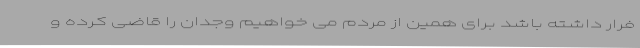
فرار داشته باشد برای همین از مردم می خواهیم وجدان را قاضی کرده و